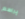
يراهم